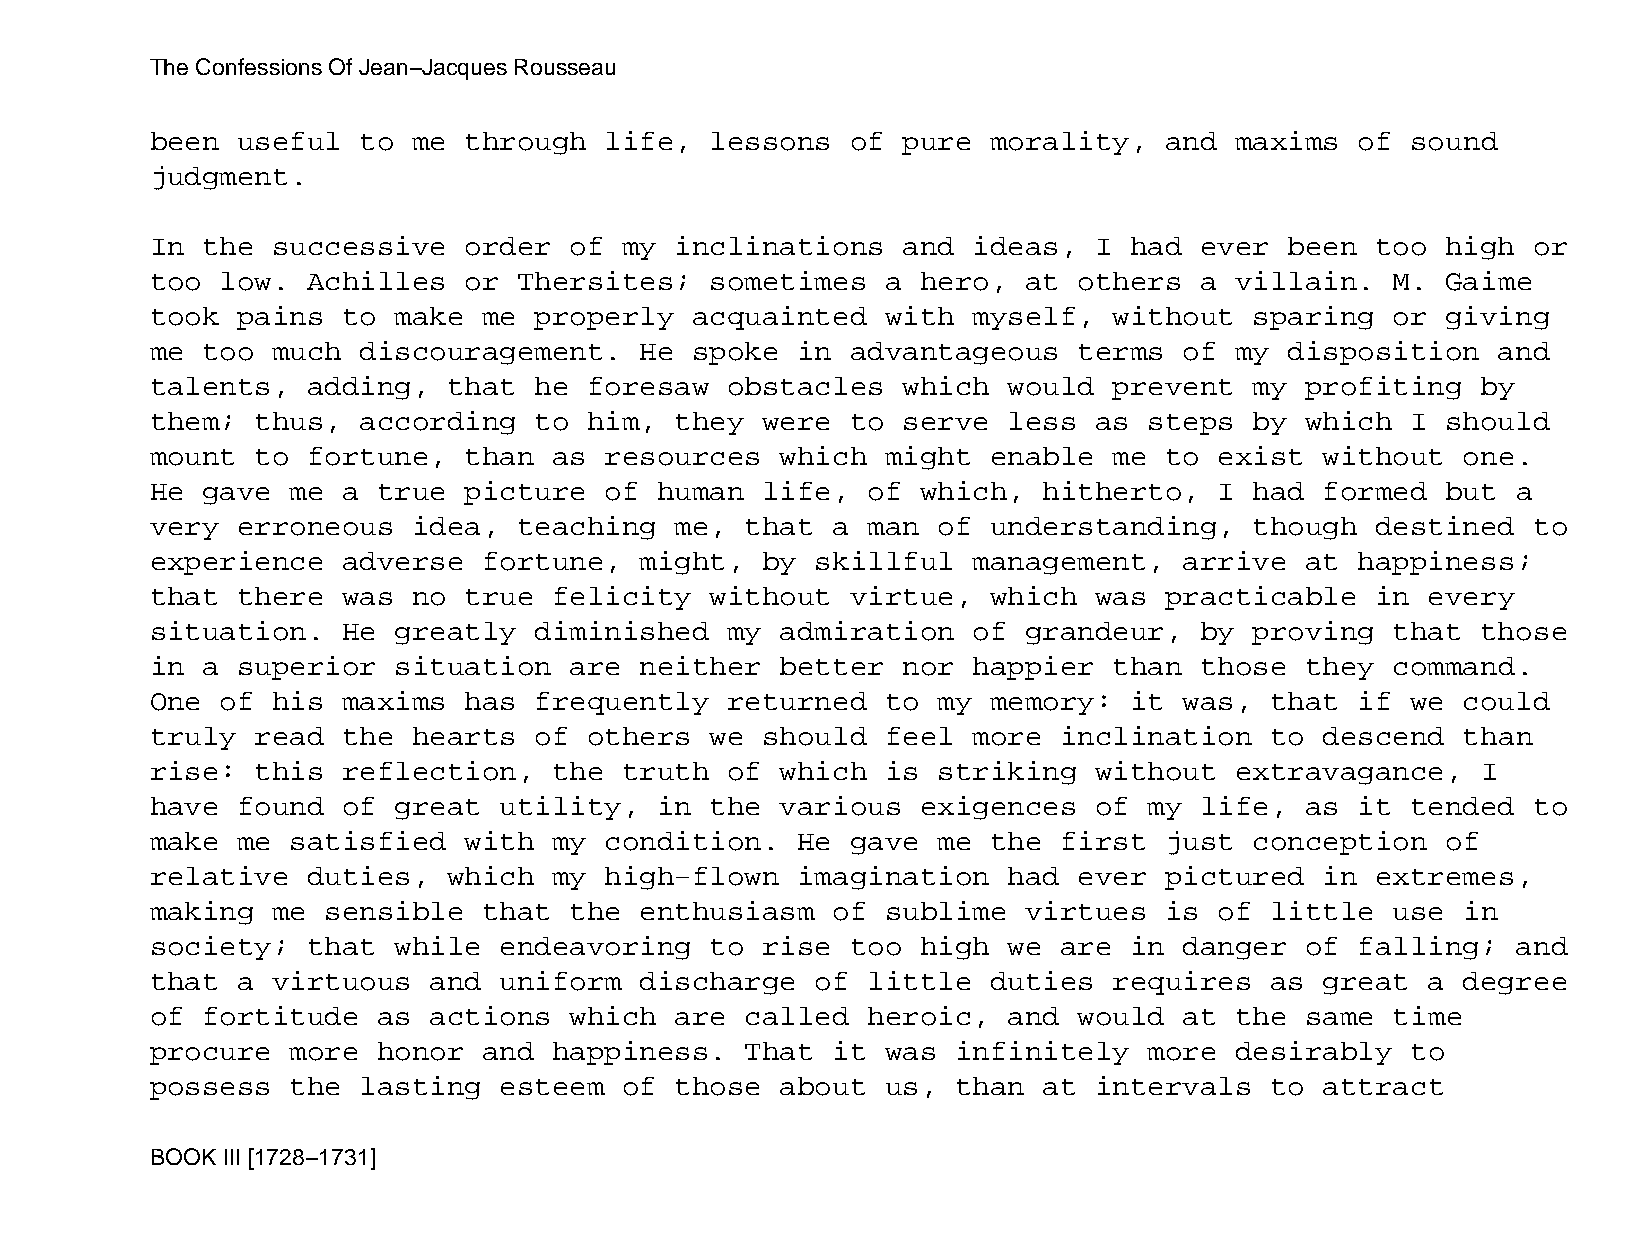
The Confessions Of Jean−Jacques Rousseau
 been  useful  to me  through  life,  lessons  of  pure  morality,  and  maxims  of sound
 judgment.
 In the  successive   order  of my  inclinations   and ideas,  I  had ever  been  too  high or
 too  low. Achilles   or Thersites;   sometimes   a hero,  at others  a  villain.  M.  Gaime
 took  pains  to make  me properly   acquainted   with myself,   without  sparing  or  giving
 me too  much  discouragement.   He  spoke  in advantageous   terms  of  my disposition   and
 talents,  adding,   that he  foresaw  obstacles   which  would  prevent  my profiting   by
 them;  thus,  according  to  him,  they were  to  serve  less as  steps  by which  I  should
 mount  to fortune,   than  as resources   which  might  enable  me to  exist  without  one.
 He gave  me  a true  picture  of  human life,  of  which,  hitherto,   I had  formed  but a
 very  erroneous  idea,  teaching   me, that  a man  of  understanding,   though  destined  to
 experience   adverse  fortune,  might,  by  skillful  management,   arrive  at  happiness;
 that  there  was no  true  felicity  without  virtue,   which was  practicable   in  every
 situation.   He greatly  diminished   my  admiration  of  grandeur,  by  proving  that  those
 in a  superior  situation   are neither   better  nor happier   than those  they  command.
 One  of his  maxims  has frequently   returned   to my  memory:  it was,  that  if we  could
 truly  read  the hearts  of  others  we should   feel more  inclination   to  descend  than
 rise:  this  reflection,   the truth  of  which  is striking  without   extravagance,   I
 have  found  of great  utility,   in the  various  exigences  of  my life,  as  it tended  to
 make  me satisfied   with  my condition.   He gave  me  the first  just  conception   of
 relative  duties,   which  my high−flown   imagination   had ever  pictured   in extremes,
 making  me  sensible  that  the enthusiasm   of  sublime  virtues  is  of little  use  in
 society;  that  while  endeavoring   to rise  too  high  we are  in danger  of  falling;  and
 that  a virtuous  and  uniform  discharge   of little   duties  requires  as  great  a degree
 of fortitude   as actions   which  are called  heroic,   and would  at  the same  time
 procure  more  honor  and  happiness.  That  it  was infinitely   more  desirably  to
 possess  the  lasting  esteem  of  those  about  us, than  at intervals   to  attract
 BOOK III [1728−1731]